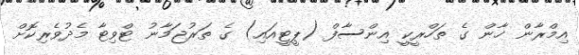
އިމްރާން ޚާން ގެ ތަހްރީކީ އިންސާފް (ޕީޓީއައި) ގެ ތަރުޖަމާނު ޓްވިޓާ މެދުވެރިކޮށް